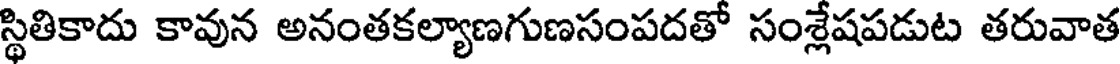
స్థితికాదు కావున అనంతకల్యాణగుణసంపదతో సంశ్లేషపడుట తరువాత